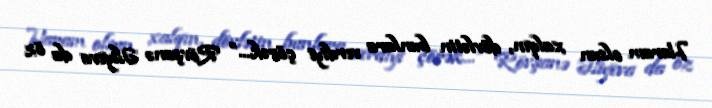
Haram olsun xalqın, dövlətin bunlara verdiyi çörək...” Rövşanə Əliyeva da öz